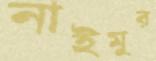
নাইমুর